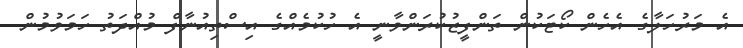
އެ މަރުހަލާގެ އެހެން ކޯޓަކުން ތަންފީޒުކުރަންވާނީ އެ ހުކުމެއްގެ އިސްތިއުނާފް މުއްދަތު ހަމަވުމުން